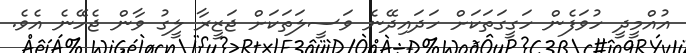
އުއްމީދީ ހުވަފެން ހަގީގަތަކަށް ހަދައިދޭނެ ވަސީލަތަކަށް ޖަޒީރާ ލީގު ވާން ޖެހޭނެ އެވެ.